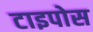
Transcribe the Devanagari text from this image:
टाइपोस